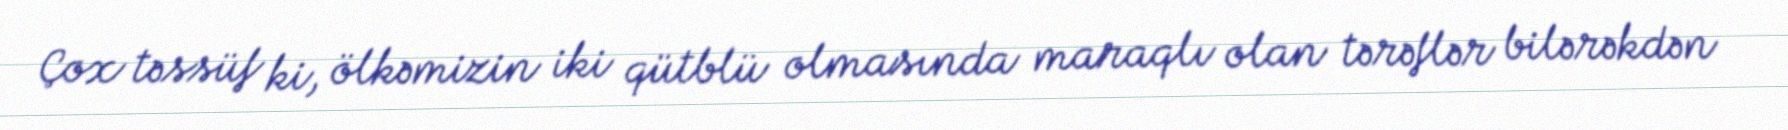
Çox təssüf ki, ölkəmizin iki qütblü olmasında maraqlı olan tərəflər bilərəkdən